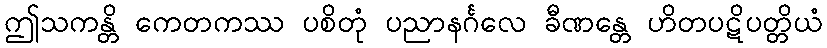
ဤသကန္တိ ကေတကဿ ပစိတုံ ပညာနင်္ဂလေ ခီဏန္တေ ဟိတပဋိပတ္တိယံ